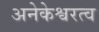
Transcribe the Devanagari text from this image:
अनेकेश्वरत्व